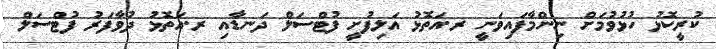
ކުރީކޮޅު ހުޅުވުމަށް ނިންމާފައިވަނީ ރ.އަތޮޅު އަލިފުށީ ފުޓްސަލް ދަނޑާއި ރ.އަތޮޅު ދުވާފަރު ފުޓްސަލް